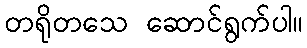
တရိုတသေ ဆောင်ရွက်ပါ။